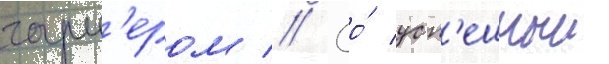
гарн'ером // Ео́ усп'ешныи